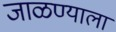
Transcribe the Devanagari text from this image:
जाळण्याला